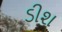
ડીશ